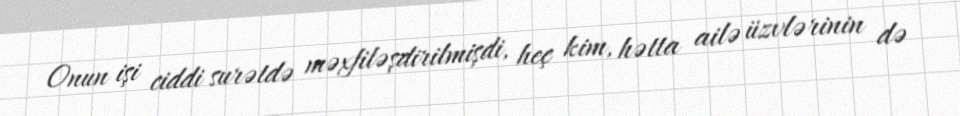
Onun işi ciddi surətdə məxfiləşdirilmişdi, heç kim, hətta ailə üzvlərinin də